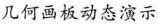
几何画板动态演示